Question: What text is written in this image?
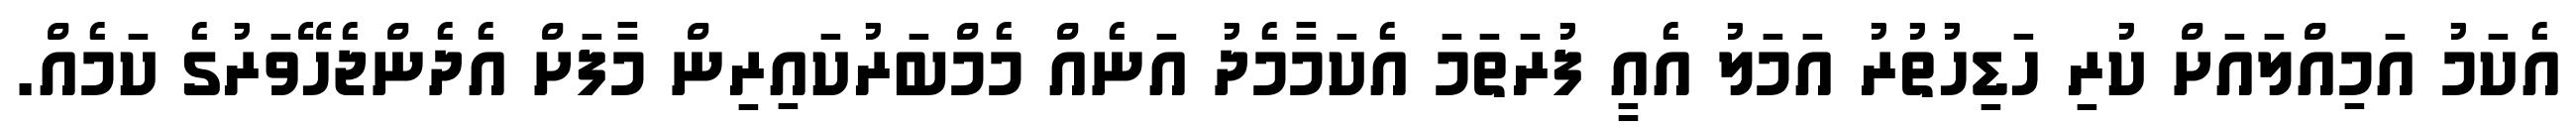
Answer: އެކަމު އަމިއްލައަށް ކުރި ހަޑިހުތުރު އަމަލު އެއީ ފުރަތަމަ އެކަމާމެދު އަނެއް މެމްބަރުކައިރިން މާފަށް އެދެންޖެހޭވަރުގެ ކަމެއް.